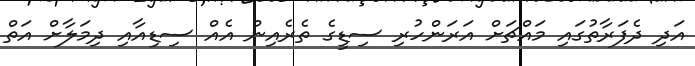
އަދި ދެފަރާތުގައި މައްޗަށް އަރަންހުރި ސިޑީގެ ތެރެއިން އެއް ސިޑިއާއި ދިމަލާށް އަތް